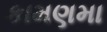
કામણમા